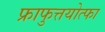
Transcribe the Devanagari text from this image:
फ्राफुत्तयोत्फा